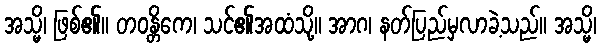
အသ္မိ၊ ဖြစ်၏။ တဝန္တိကေ၊ သင်၏အထံသို့။ အာဂ၊ နတ်ပြည်မှလာခဲ့သည်။ အသ္မိ၊